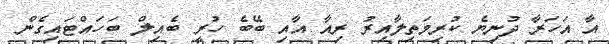
އާ އަހަރާ ދުނިޔެ ކުރިމަތިލާއިރު ރިއާ އާއި ބޭބެ ހުރީ ބެއިލް ބަހައްޓައިގެން